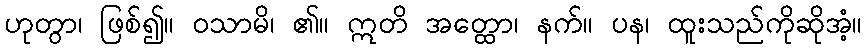
ဟုတွာ၊ ဖြစ်၍။ ဝသာမိ၊ ၏။ ဣတိ အတ္ထော၊ နက်။ ပန၊ ထူးသည်ကိုဆိုအံ့။